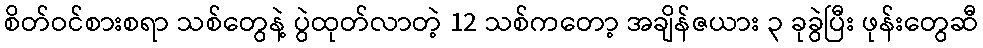
စိတ်ဝင်စားစရာ သစ်တွေနဲ့ ပွဲထုတ်လာတဲ့ 12 သစ်ကတော့ အချိန်ဇယား ၃ ခုခွဲပြီး ဖုန်းတွေဆီ